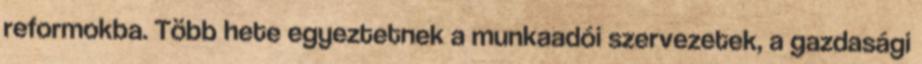
reformokba. Több hete egyeztetnek a munkaadói szervezetek, a gazdasági